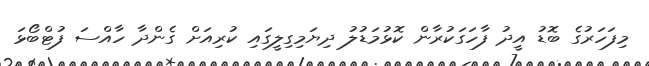
މިފަހަރުގެ ބޮޑު އީދު ފާހަގަކުރާން ކޮޅުމަޑުލު ދިޔަމިގިލީގައި ކުރިއަށް ގެންދާ ހާއްސަ ފުޓްބޯޅަ